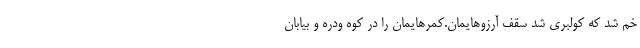
خم شد که کولبری شد سقف آرزوهایمان.کمرهایمان را در کوه ودره و بیابان